kultuurilooline_kollektsioon, lk 119
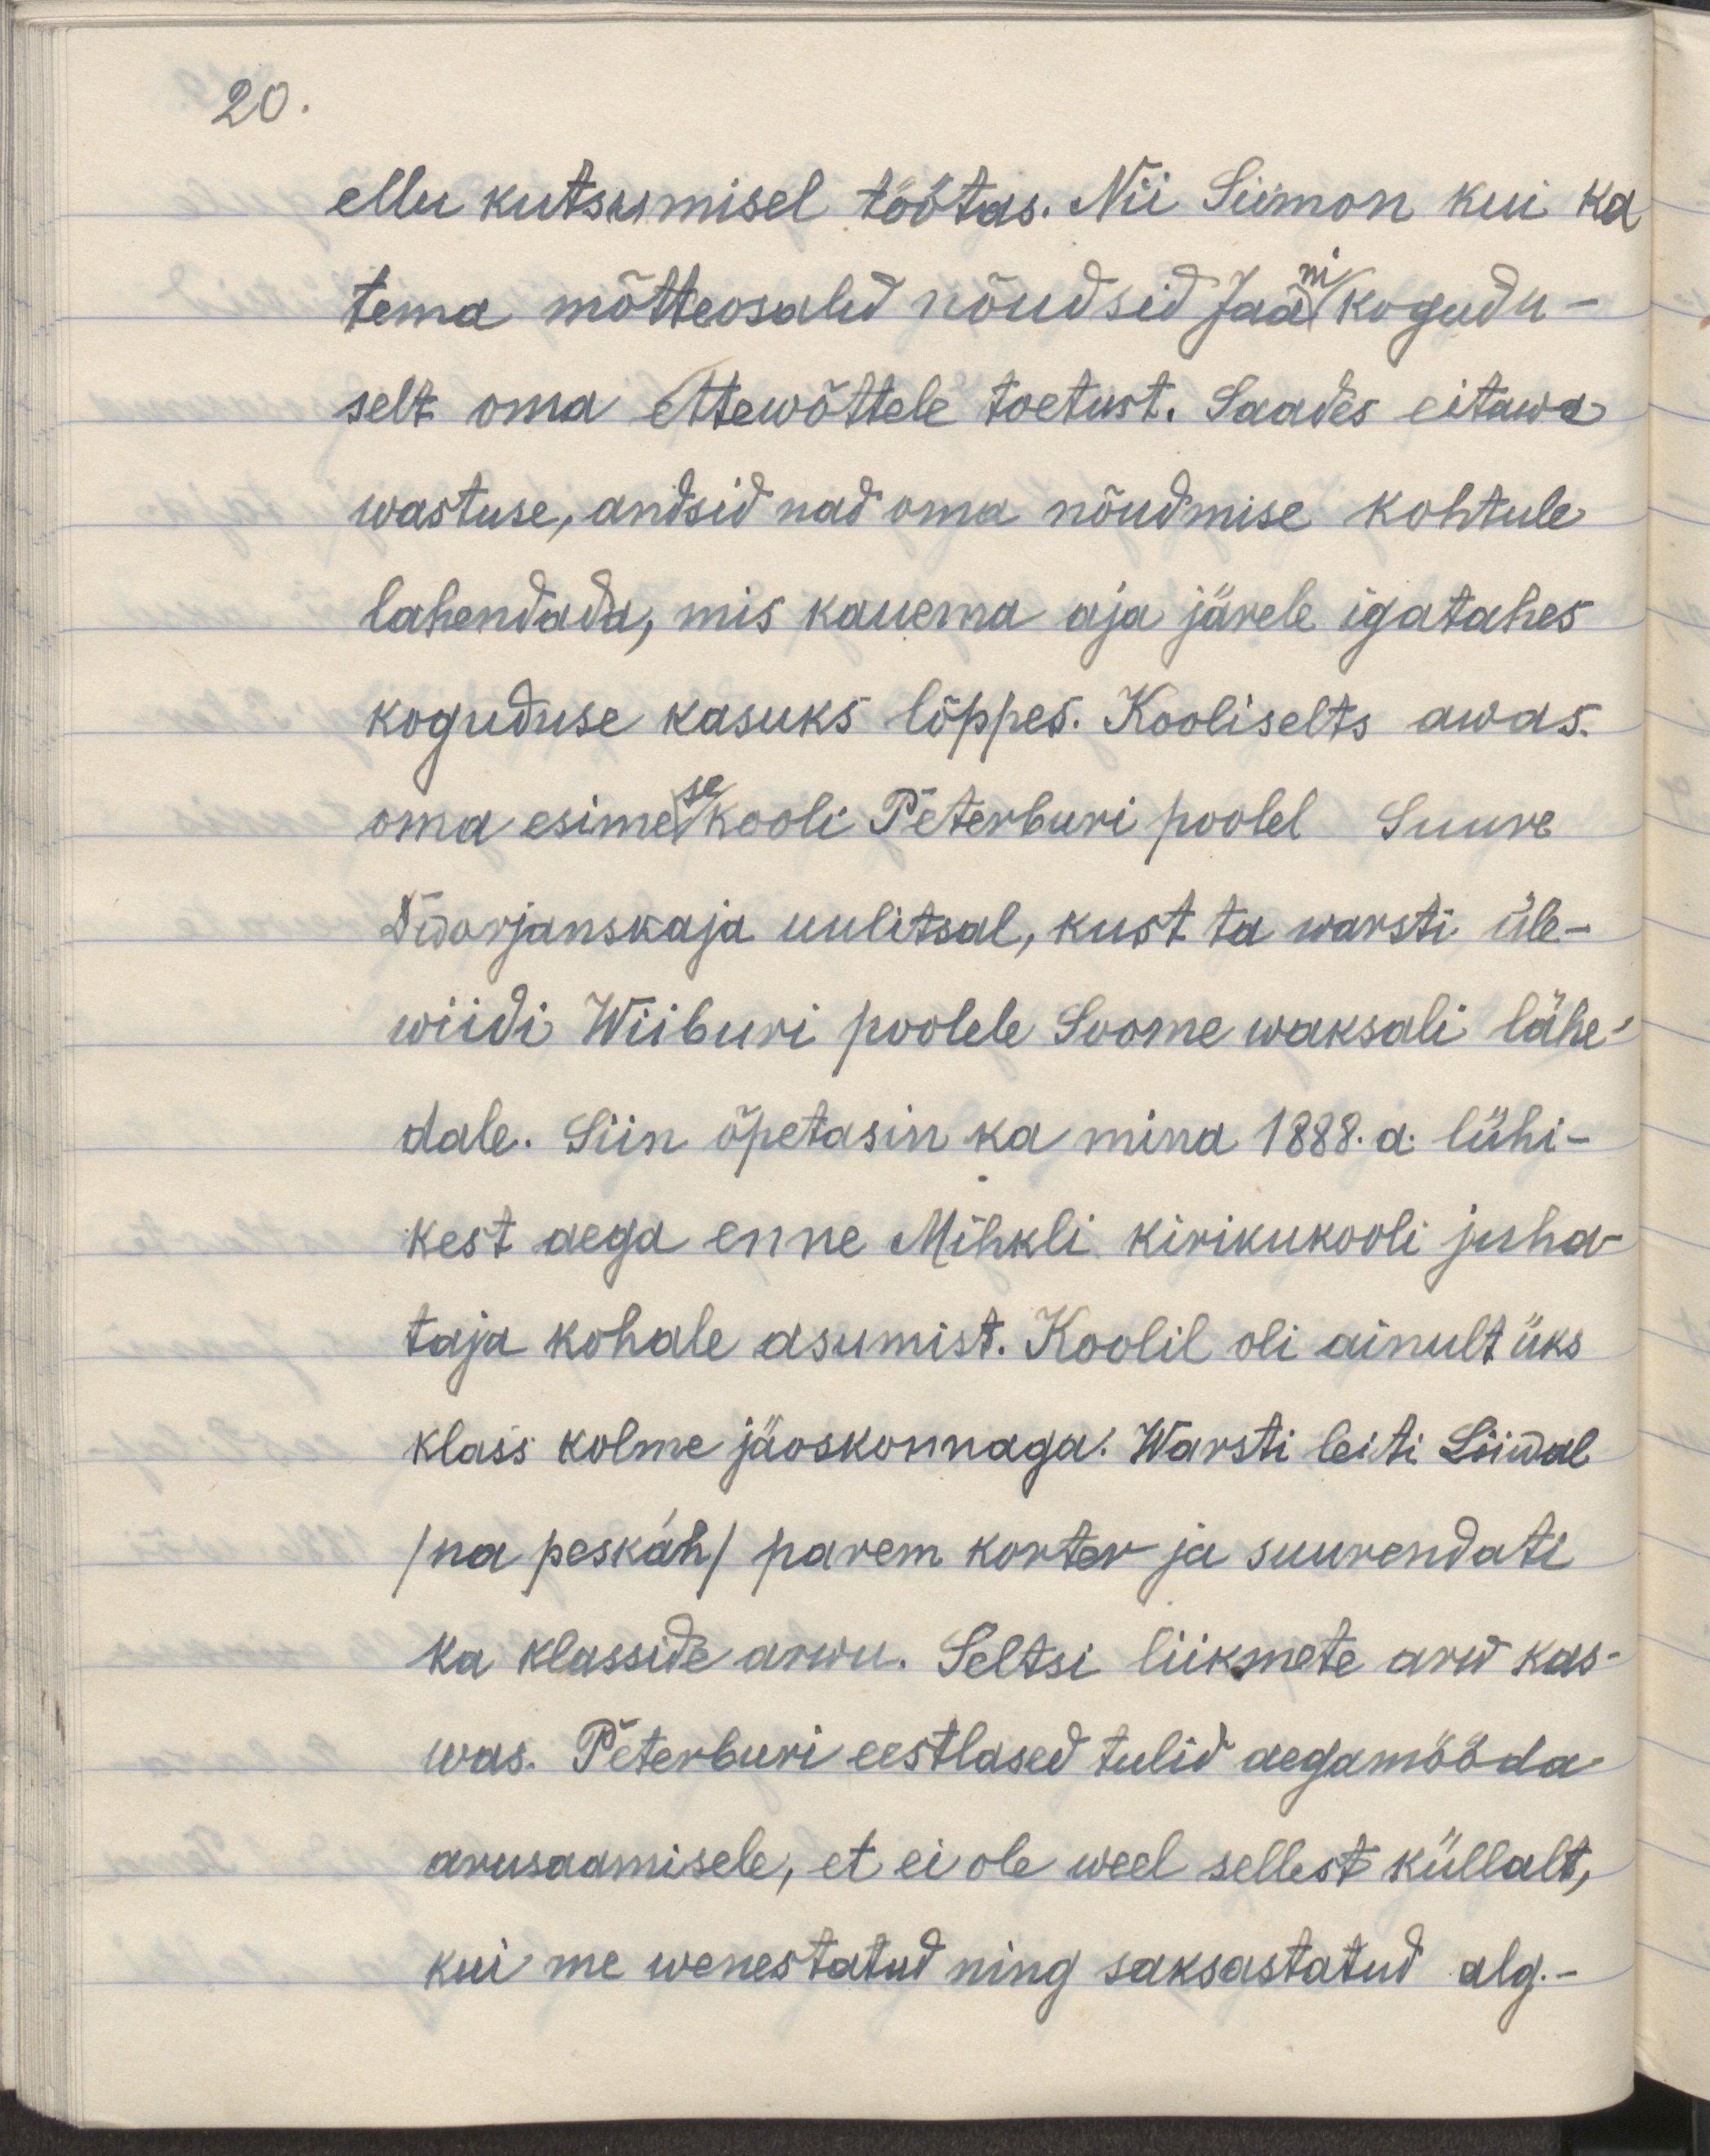
20.

ellu kutsumisel töötas. Nii Siimon kui ka
tema mõtteosaled nõudsid Jaani kogudu-
selt oma ettewõttele toetust. Saades eitawa
wastuse, andsid nad oma nõudmise kohtule
lahendada, mis kauema aja järele igatahes
koguduse kasuks lõppes. Kooliselts awas
oma esimese kooli Peterburi poolel Suure
Dwarjanskaja uulitsal, kust ta warsti üle-
wiidi Wiiburi poolele Soome waksali lähe-
dale. Siin õpetasin ka mina 1888. a. lühi-
kest aega enne Mihkli kirikukooli juha-
taja kohale asumist. Koolil oli ainult üks
klass kolme jäoskonnaga. Warsti leiti Liiwal
/na peskah/ parem korter ja suurendati 
ka klasside arwu. Seltsi liikmete arw kas-
was. Peterburi eestlased tulid aegamööda
arusaamisele, et ei ole weel sellest küllalt,
kui me wenestatud ning saksastatud alg.-